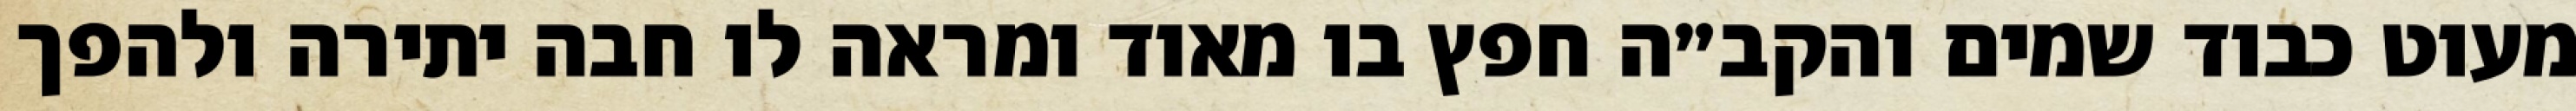
מעוט כבוד שמים והקב״ה חפץ בו מאוד ומראה לו חבה יתירה ולהפך